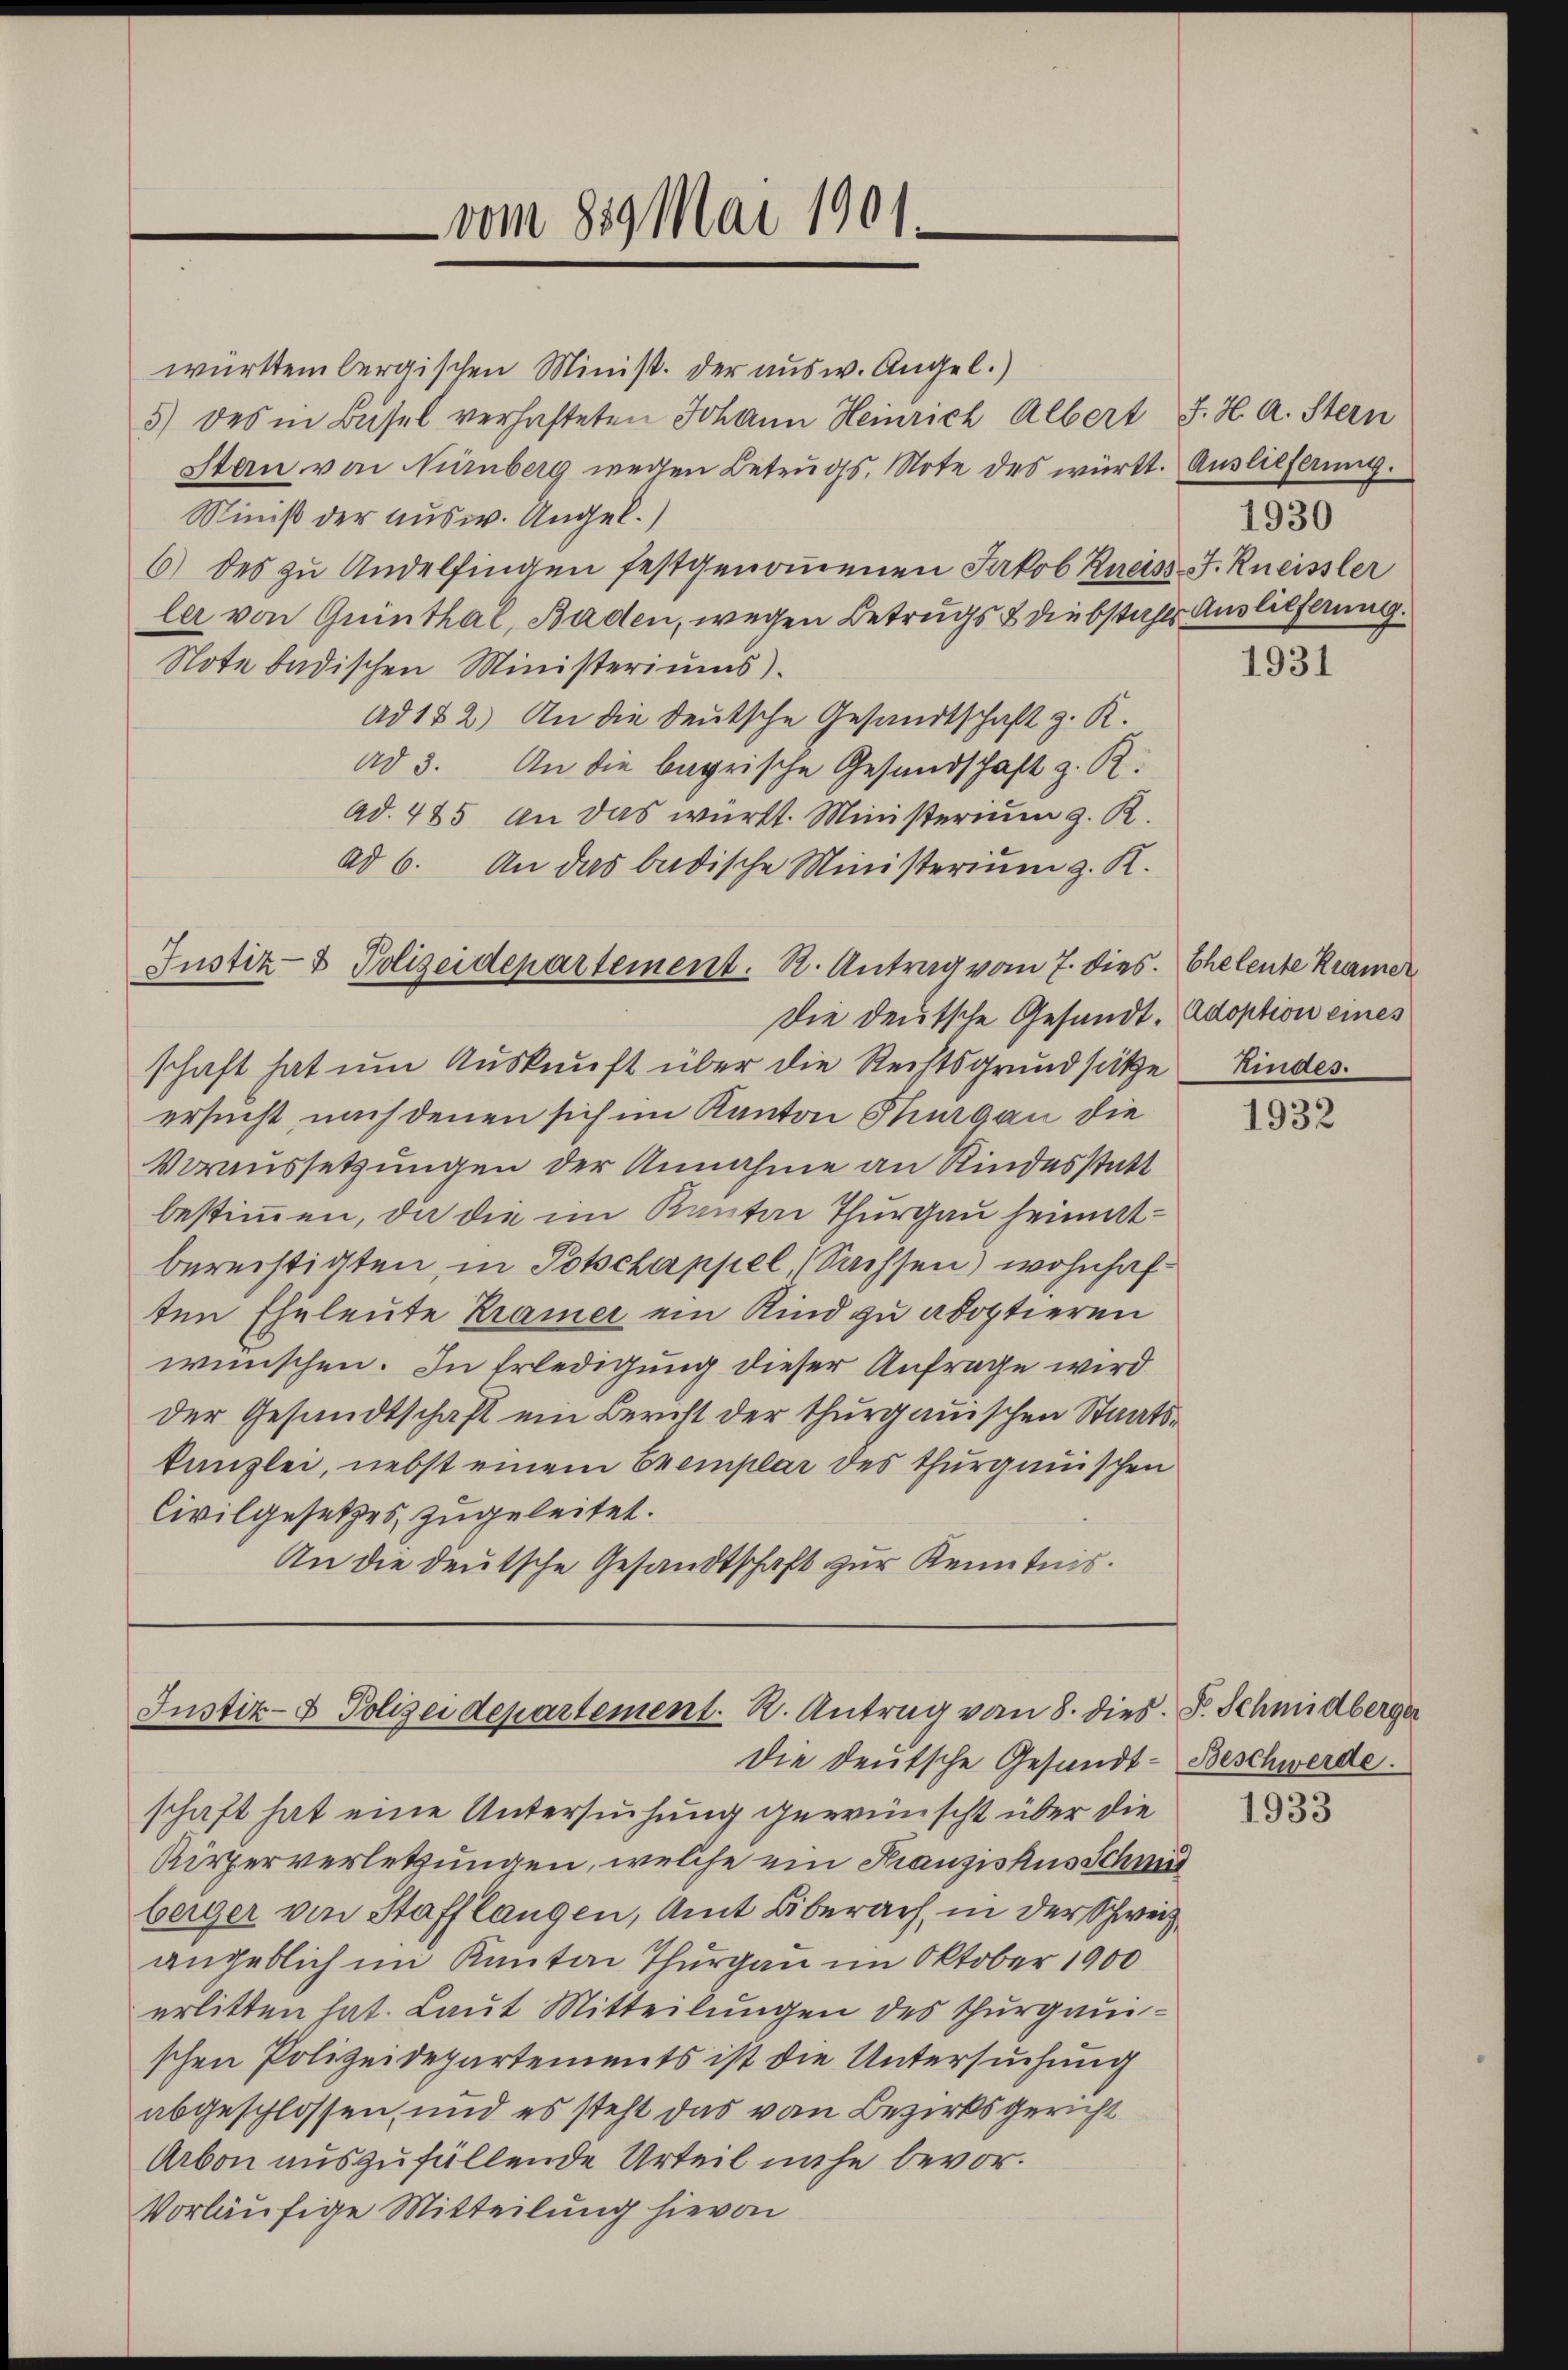
württembergischen Minist. der ausw. Angel.)
5) des in Basel verhafteten Johann Heinrich Albert J. H. a. Stein
stern von Nürnberg wegen Betrugs, Note des württ. Auslieferung.
Minist der ausw. Angel.
6) des zu Andelfingen festgenoṁenen Jakob Kreiss J. Kneissler
ler von Quinthal, Baden, wegen Betrugs & diebstahls Auslieferung.
Note badischen Ministeriums).
Ad 152) An die deutsche Gesandtschaft z. K.
ad 3. An die bayrische Gesundschaft z. R.
ad. 485 an das württ. Ministerium z. R.
ad 6. An das badische Ministerium z. K.
Justiz- & Polizeidepartement. R. Antrag vom 7. dies. Eheleute Kramer
Die deutsche Gesandt. Adoption eines
schaft hat um Auskunft über die Rechtsgrundsätze Kindes
ersucht nach denen sich im Kanton Thurgau die
Voraussetzungen der Annahme an Kindesstatt
bestimmen, da die im Kanton Thurgau heimatberechtigten, in Potschappel, Sachsen) wohnhaften Eheleute Kramer ein Kind zu adoptieren
wünschen. In Erledigung dieser Anfrage wird
der Gesandtschaft ein Bericht der thurgauischen Staatskanzlei, nebst einem Exemplar des thurgauischen
Civilgesetzes, zugeleitet.
An die deutsche Gesandtschaft zur Kenntnis.

vom 859 Mai 1901.

Justiz- & Polizeidepartement. R. Antrag von 8. dies. S. Schmidberger
die deutsche Gesandt-Beschwerde.

1930

schaft hat eine Untersuchung gewünscht über die
Kirperverletzungen, welche ein Kranziskus Schmid
berger von Stafflangen, Amt Biberach, in der Schweiz
angeblich im Kanton Thurgau im Oktober 1900
erlitten hat. Laut Mitteilungen des Thurgauschen Polizeidepartements ist die Untersuchung
abgeschlossen, und es steht das von Bezirksgericht
Arbon auszufüllende Urteil nahe bevorvorläufige Mitteilung hievon

1931

1932

1933